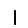
Digit: 1